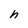
Character: h